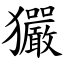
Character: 玁